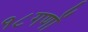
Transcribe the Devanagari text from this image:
१८गणों